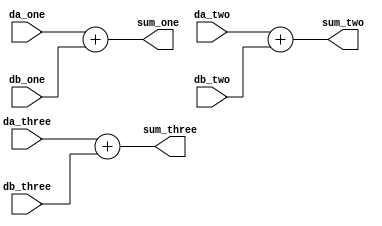
//*******************************FILE HEAD**************************************
//*********************Verilog HDL *********************
// FUNCTION        : 
// AUTHOR          : 
// DATE & REVISION : 
// COMPANY         : Verilog HDL 
// UPDATE          :
//******************************************************************************

module parallel_adder(
    input [7 : 0] da_one,
    input [7 : 0] db_one,
    input [7 : 0] da_two,
    input [7 : 0] db_two,
    input [7 : 0] da_three,
    input [7 : 0] db_three,
    
    output [7 : 0] sum_one,
    output [7 : 0] sum_two,
    output [7 : 0] sum_three
    );

//    
    assign sum_one = da_one + db_one;

//    
    assign sum_two = da_two + db_two;

//   
    assign sum_three = da_three + db_three;

endmodule

// END OF parallel_adder.v FILE *********************************************************